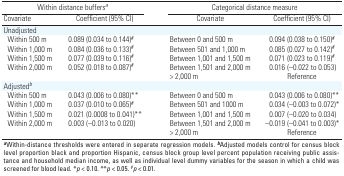
<table><thead><tr><td colspan="4"><b>Within distance buffers<i>a</i></b></td><td colspan="4"><b>Categorical distance measure</b></td></tr><tr><td><b>Covariate</b></td><td colspan="2"><b>Coefficient (95% CI)</b></td><td><b>Covariate</b></td><td colspan="2"><b>Coefficient (95% CI)</b></td></tr></thead><tbody><tr><td>Unadjusted</td><td></td><td></td><td></td><td></td><td></td><td></td><td></td><td></td></tr><tr><td>Within 500 m</td><td></td><td>0.089</td><td>(0.034 to 0.144)<sup>#</sup></td><td></td><td>Between 0 and 500 m</td><td></td><td>0.094</td><td>(0.038 to 0.150)<sup>#</sup></td></tr><tr><td>Within 1,000 m</td><td></td><td>0.084</td><td>(0.036 to 0.133)<sup>#</sup></td><td></td><td>Between 501 and 1,000 m</td><td></td><td>0.085</td><td>(0.027 to 0.142)<sup>#</sup></td></tr><tr><td>Within 1,500 m</td><td></td><td>0.077</td><td>(0.039 to 0.116)<sup>#</sup></td><td></td><td>Between 1,001 and 1,500 m</td><td></td><td>0.071</td><td>(0.023 to 0.119)<sup>#</sup></td></tr><tr><td>Within 2,000 m</td><td></td><td>0.052</td><td>(0.018 to 0.087)<sup>#</sup></td><td></td><td>Between 1,501 and 2,000 m</td><td></td><td>0.016</td><td>(–0.022 to 0.053)</td></tr><tr><td></td><td></td><td></td><td></td><td></td><td>&gt; 2,000 m</td><td></td><td colspan="2">Reference</td></tr><tr><td>Adjusted<i>b</i></td><td></td><td></td><td></td><td></td><td></td><td></td><td></td><td></td></tr><tr><td>Within 500 m</td><td></td><td>0.043</td><td>(0.006 to 0.080)**</td><td></td><td>Between 0 and 500 m</td><td></td><td>0.043</td><td>(0.006 to 0.080)**</td></tr><tr><td>Within 1,000 m</td><td></td><td>0.037</td><td>(0.010 to 0.065)<sup>#</sup></td><td></td><td>Between 501 and 1000 m</td><td></td><td>0.034</td><td>(–0.003 to 0.072)*</td></tr><tr><td>Within 1,500 m</td><td></td><td>0.021</td><td>(0.0008 to 0.041)**</td><td></td><td>Between 1,001 and 1,500 m</td><td></td><td>0.007</td><td>(–0.020 to 0.034)</td></tr><tr><td>Within 2,000 m</td><td></td><td>0.003</td><td>(–0.013 to 0.020)</td><td></td><td>Between 1,501 and 2,000 m</td><td></td><td>–0.019</td><td>(–0.041 to 0.003)*</td></tr><tr><td></td><td></td><td></td><td></td><td></td><td>&gt; 2,000 m</td><td></td><td colspan="2">Reference</td></tr><tr><td colspan="9"><b>a</b>Within-distance thresholds were entered in separateregression models. <b>b</b>Adjusted models control for census blocklevel proportion black and proportion Hispanic, census block group levelpercent population receiving public assistance and household medianincome, as well as individual level dummy variables for the season inwhich a child was screened for blood lead. *<i>p</i> &lt; 0.10.**<i>p</i> &lt; 0.05. <sup>#</sup><i>p</i> &lt; 0.01. </td></tr></tbody></table>